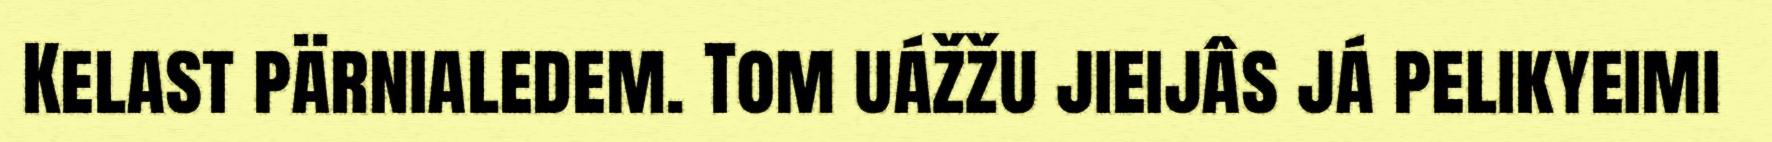
Kelast pärnialedem. Tom uážžu jieijâs já pelikyeimi